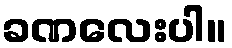
ခဏလေးပါ။